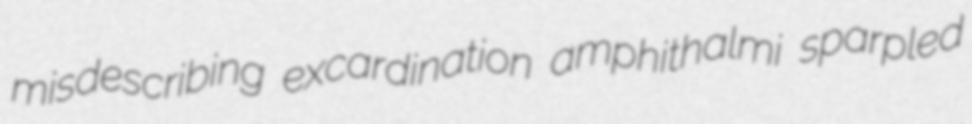
misdescribing excardination amphithalmi sparpled